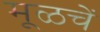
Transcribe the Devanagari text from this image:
मूळचें